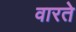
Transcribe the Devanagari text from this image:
वारते